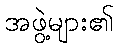
အဖွဲ့များ၏